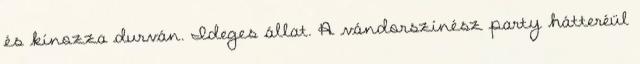
és kínozza durván. Ideges állat. A vándorszínész party hátteréül